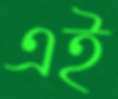
এই